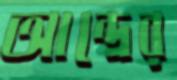
আন্দ্রের